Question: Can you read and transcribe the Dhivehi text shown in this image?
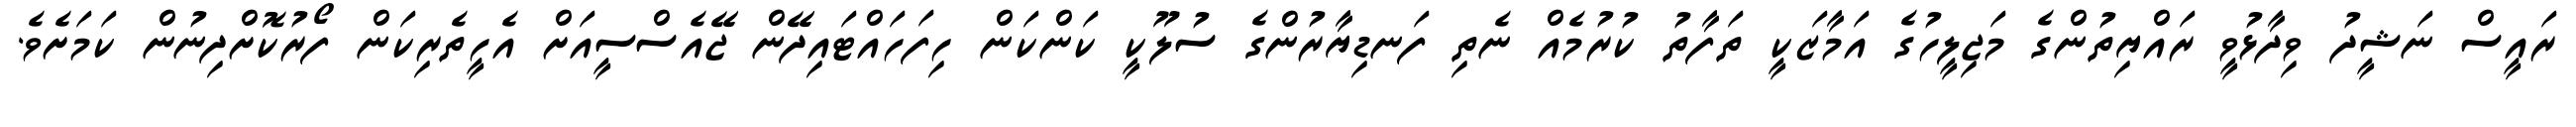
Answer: ރައީސް ނަޝީދު ވިދާޅުވީ ރައްޔިތުންގެ މަޖިލީހުގެ އަމާޒަކީ ތަފާތު ކުރުމެއް ނެތި ފަނޑިޔާރުންގެ ސުލޫކީ ކަންކަން ހިފަހައްޓައިދޭން ޖޭއެސްސީއަށް އެހީތެރިކަން ފޯރުކޮށްދިނުން ކަމަށެވެ.